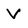
Character: V